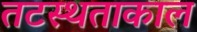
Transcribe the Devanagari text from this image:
तटस्थताकाल